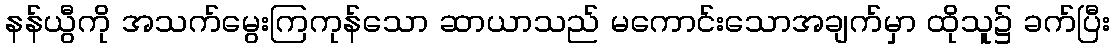
နန်ယွီကို အသက်မွေးကြကုန်သော ဆာယာသည် မကောင်းသောအချက်မှာ ထိုသူ၌ ခက်ပြီး